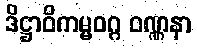
ဒိဋ္ဌာဝိကမ္မဝဂ္ဂ ဝဏ္ဏနာ